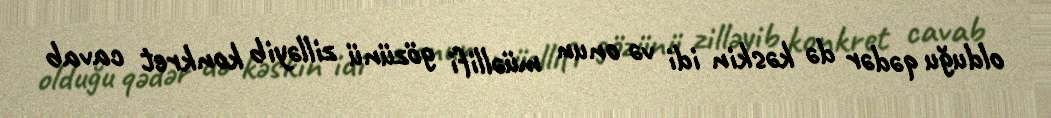
olduğu qədər də kəskin idi və onun müəllifi gözünü zilləyib konkret cavab